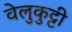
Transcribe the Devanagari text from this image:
वेलुकुट्टी